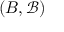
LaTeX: ( B , { \mathcal { B } } )